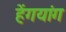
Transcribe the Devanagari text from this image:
हेंगयांग